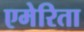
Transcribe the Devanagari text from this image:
एमेरिता